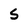
Character: S